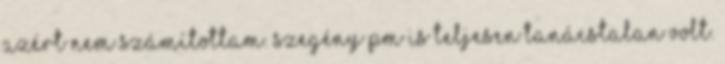
azért nem számítottam. Szegény PM is teljesen tanácstalan volt.